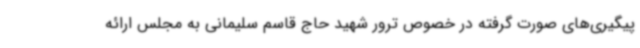
پیگیری‌های صورت گرفته در خصوص ترور شهید حاج قاسم سلیمانی به مجلس ارائه